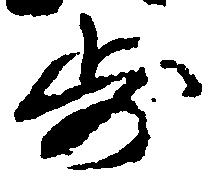
歩